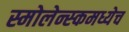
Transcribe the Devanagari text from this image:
स्मोलेन्स्कमध्येच